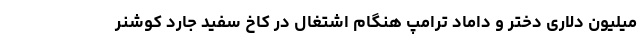
میلیون دلاری دختر و داماد ترامپ هنگام اشتغال در کاخ سفید جارد کوشنر